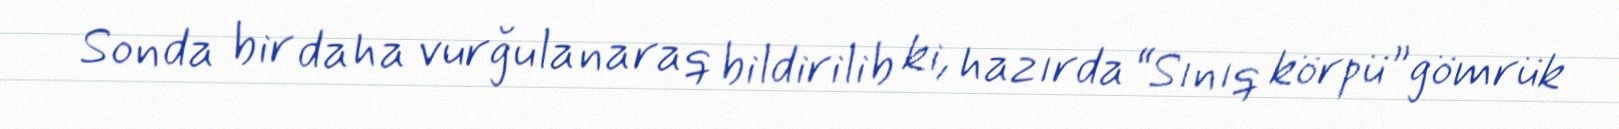
Sonda bir daha vurğulanaraq bildirilib ki, hazırda “Sınıq körpü” gömrük